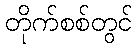
တိုက်စစ်တွင်